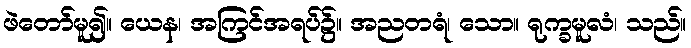
ဖဲတော်မူ၍။ ယေန၊ အကြင်အရပ်၌။ အညတရံ၊ သော။ ရုက္ခမူလံ၊ သည်။